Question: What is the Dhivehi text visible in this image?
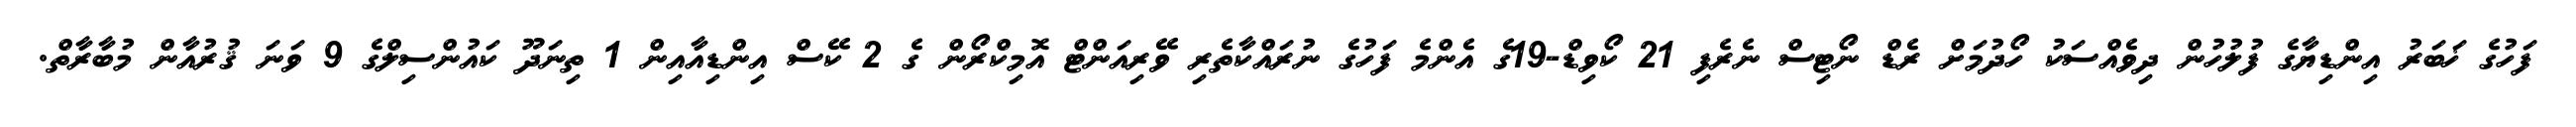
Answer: ފަހުގެ ޚަބަރު އިންޑިޔާގެ ފުލުހުން ދިވެއްސަކު ހޯދުމަށް ރެޑް ނޯޓިސް ނެރެފި 21 ކޯވިޑް-19ގެ އެންމެ ފަހުގެ ނުރައްކާތެރި ވޭރިއަންޓް އޮމިކްރޯން ގެ 2 ކޭސް އިންޑިއާއިން 1 ތިނަދޫ ކައުންސިލްގެ 9 ވަނަ ޤުރުއާން މުބާރާތް.